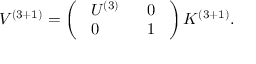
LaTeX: V ^ { \left( 3 + 1 \right) } = \left( \begin{array} { l l } { { \ U ^ { \left( 3 \right) } \ } } & { { \ 0 \ } } \\ { { \ 0 \ } } & { { \ 1 \ } } \end{array} \right) K ^ { \left( 3 + 1 \right) } .